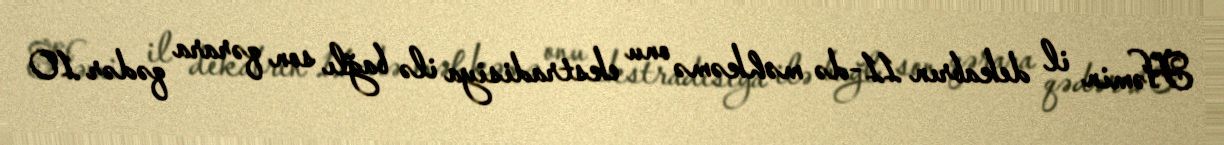
Həmin il dekabrın 11-də məhkəmə onu ekstradisiya ilə bağlı son qərara qədər 10